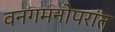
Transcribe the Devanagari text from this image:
वनगमनोपरांत